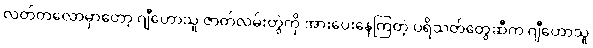
လတ်တလောမှာတော့ ဂျီဟောသူ ဇာတ်လမ်းတွဲကို အားပေးနေကြတဲ့ ပရိသတ်တွေဆီက ဂျီဟောသူ